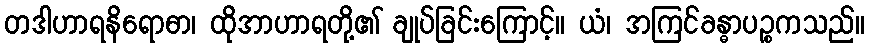
တဒါဟာရနိရောဓာ၊ ထိုအာဟာရတို့၏ ချုပ်ခြင်းကြောင့်။ ယံ၊ အကြင်ခန္ဓာပဉ္စကသည်။